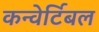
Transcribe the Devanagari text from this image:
कन्वेर्टिबल